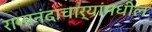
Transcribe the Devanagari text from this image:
रामानंदाचार्यांमधील